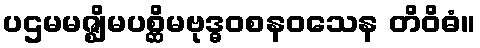
ပဌမမဇ္ဈိမပစ္ဆိမဗုဒ္ဓဝစနဝသေန တိဝိဓံ။